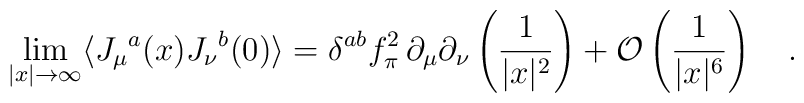
\lim_{|x|\to \infty}\langle J_\mu{}^a(x) J_{\nu}{}^b(0) \rangle =\delta^{ab} f_\pi^2\,\partial_\mu \partial_\nu\left(\frac{1}{|x|^2}\right)+{\cal O}\left(\frac{1}{|x|^6}\right)\quad.